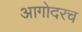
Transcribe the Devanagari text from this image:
आगोदरच